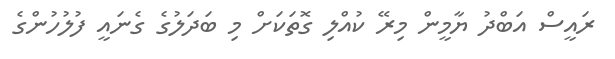
ރައީސް އަބްދު ޔާމީން މިރޭ ކުއްލި ގޮތަކަށް މި ބަދަލުގެ ގެނައީ ފުލުހުންގެ